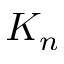
K _ { n }